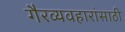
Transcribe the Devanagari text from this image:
गैरव्यवहारांसाठी